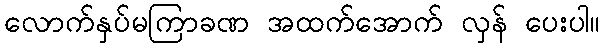
လောက်နှပ်မကြာခဏ အထက်အောက် လှန် ပေးပါ။